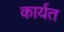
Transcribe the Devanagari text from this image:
कार्यत